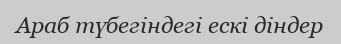
Араб түбегіндегі ескі діндер